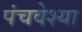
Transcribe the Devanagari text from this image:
पंचवेश्या